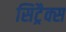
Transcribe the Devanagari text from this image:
सिट्रैक्स